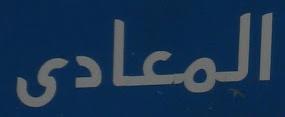
المعادى